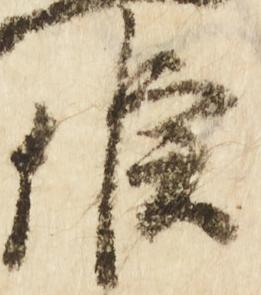
候